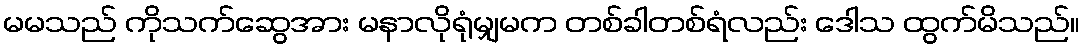
မမသည် ကိုသက်ဆွေအား မနာလိုရုံမျှမက တစ်ခါတစ်ရံလည်း ဒေါသ ထွက်မိသည်။